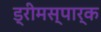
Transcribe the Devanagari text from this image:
ड्रीमस्पार्क